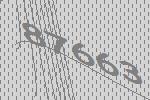
87663